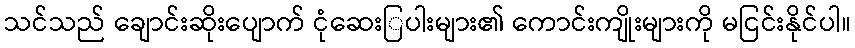
သင်သည် ချောင်းဆိုးပျောက် ငုံဆေးြပါးများ၏ ကောင်းကျိုးများကို မငြင်းနိုင်ပါ။